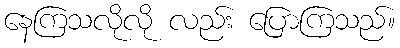
နေကြသလိုလို လည်း ပြောကြသည်။